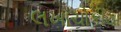
લખાચોકીયા